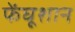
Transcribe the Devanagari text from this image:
फेंघूशान